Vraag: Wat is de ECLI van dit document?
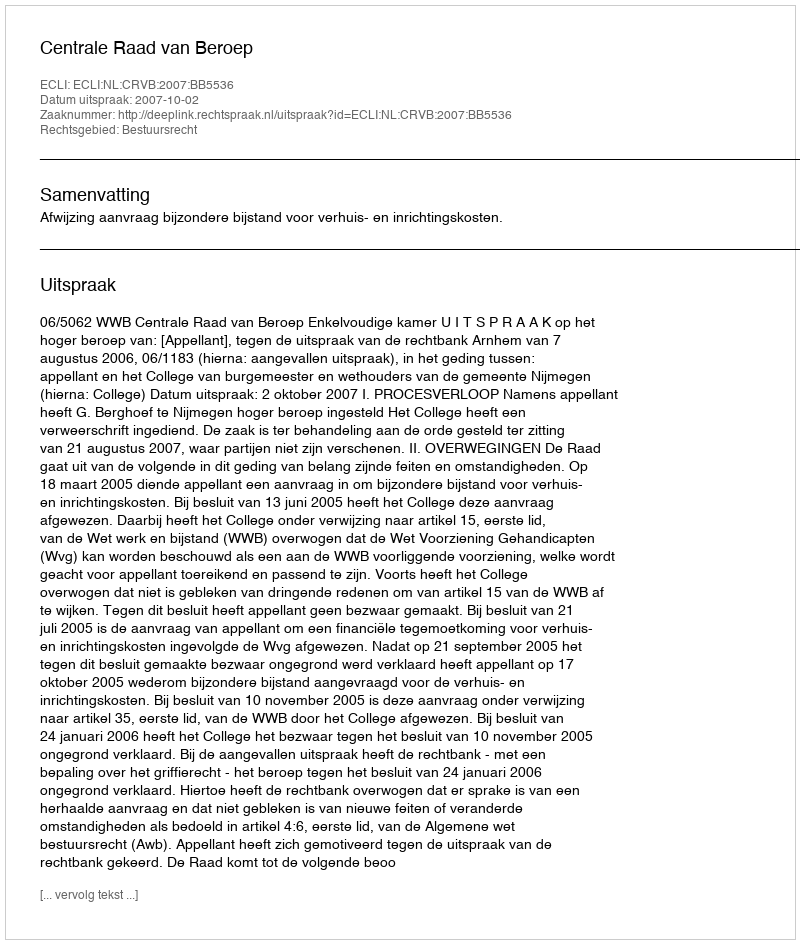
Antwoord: ECLI:NL:CRVB:2007:BB5536